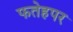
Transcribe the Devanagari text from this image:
फतेहपर